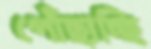
পোঁছাচ্ছি